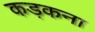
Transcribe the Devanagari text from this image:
कड़कना